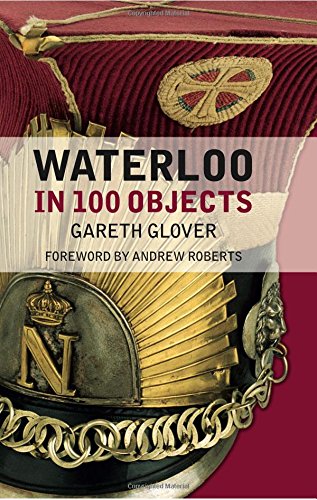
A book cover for Waterloo in 100 Objects; Gareth Glover; History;